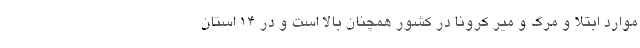
موارد ابتلا و مرگ و میر کرونا در کشور همچنان بالا است و در ۱۴ استان